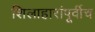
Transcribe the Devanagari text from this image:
शिलाहारांपूर्वीच